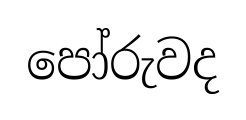
පෝරුවද